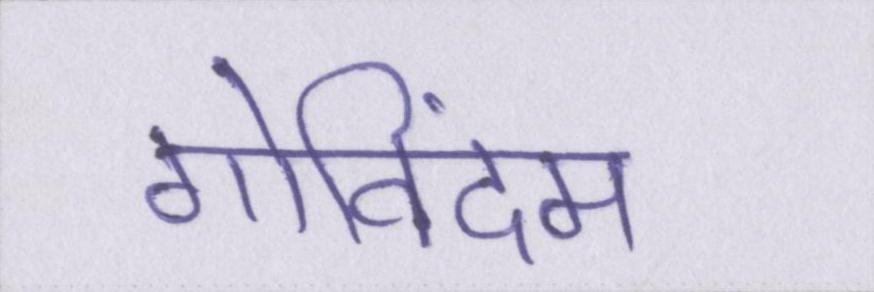
गोविंदम